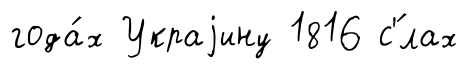
года́х Украjину 1816 с'́лах